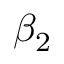
\beta _ { 2 }